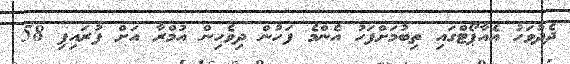
ދެދުވަހު އެއާޕޯޓްގައި ތިބުމަށްފަހު އެންމެ ފަހުން ދިވެހިން އުމްރާ އަށް ފުރައިފި 58